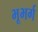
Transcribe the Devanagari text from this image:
भूभर्ग